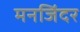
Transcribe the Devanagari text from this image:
मनजिंदर